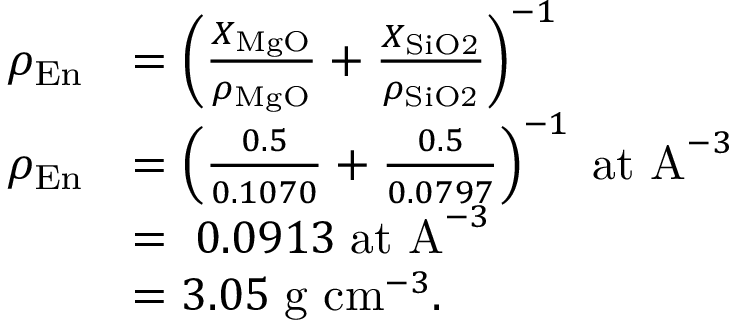
\begin{array} { r l } { \rho _ { \mathrm { E n } } } & { = \left( \frac { X _ { \mathrm { M g O } } } { \rho _ { \mathrm { M g O } } } + \frac { X _ { \mathrm { S i O 2 } } } { \rho _ { \mathrm { S i O 2 } } } \right) ^ { - 1 } } \\ { \rho _ { \mathrm { E n } } } & { = \left( \frac { 0 . 5 } { 0 . 1 0 7 0 } + \frac { 0 . 5 } { 0 . 0 7 9 7 } \right) ^ { - 1 } \; \mathrm { a t ~ A } ^ { - 3 } } \\ & { = \; 0 . 0 9 1 3 \; \mathrm { a t ~ A } ^ { - 3 } } \\ & { = 3 . 0 5 \; \mathrm { g ~ c m } ^ { - 3 } . } \end{array}